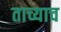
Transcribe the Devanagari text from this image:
ताच्याच